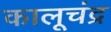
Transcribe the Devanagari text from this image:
कालूचंद्र